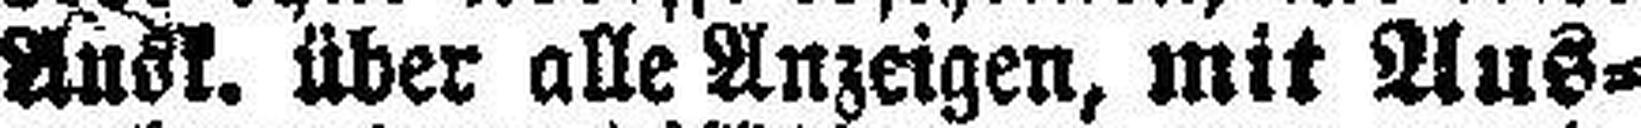
Ausk. über alle Anzeigen, mit Aus¬